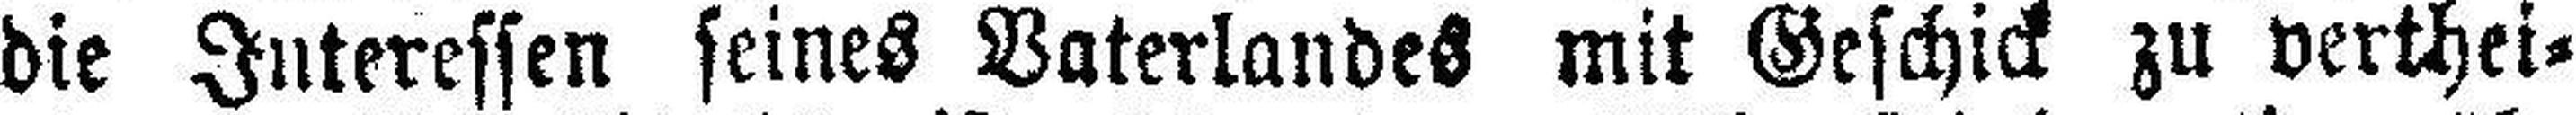
die Interessen seines Vaterlandes mit Geschick zu verthei¬